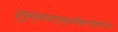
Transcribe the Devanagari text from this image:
स्फुरन्नानारत्नस्फटिकमयभित्तिप्रतिफल